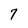
Character: 7